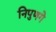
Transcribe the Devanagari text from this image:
निपुणगे